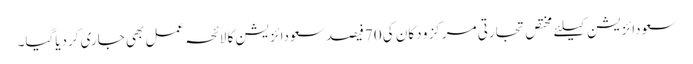
سعودائزیشن کیلئے مختص تجارتی مرکز و دکان کی 70فیصد سعودائزیشن کا لائحہ عمل بھی جاری کردیاگیا۔